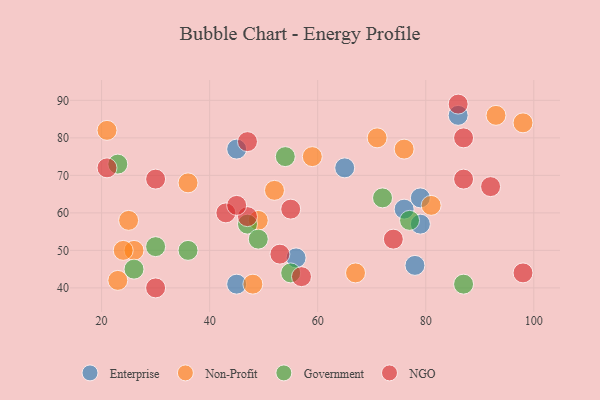
{"axis": {"x": "GDP", "y": "Life Expectancy"}, "legend": ["Enterprise", "Government", "NGO", "Non-Profit"], "data": [{"x": "45", "y": 41, "type": "Enterprise"}, {"x": "45", "y": 77, "type": "Enterprise"}, {"x": "76", "y": 61, "type": "Enterprise"}, {"x": "86", "y": 86, "type": "Enterprise"}, {"x": "78", "y": 46, "type": "Enterprise"}, {"x": "79", "y": 57, "type": "Enterprise"}, {"x": "65", "y": 72, "type": "Enterprise"}, {"x": "56", "y": 48, "type": "Enterprise"}, {"x": "79", "y": 64, "type": "Enterprise"}, {"x": "59", "y": 75, "type": "Non-Profit"}, {"x": "52", "y": 66, "type": "Non-Profit"}, {"x": "98", "y": 84, "type": "Non-Profit"}, {"x": "71", "y": 80, "type": "Non-Profit"}, {"x": "48", "y": 41, "type": "Non-Profit"}, {"x": "49", "y": 58, "type": "Non-Profit"}, {"x": "23", "y": 42, "type": "Non-Profit"}, {"x": "21", "y": 82, "type": "Non-Profit"}, {"x": "36", "y": 68, "type": "Non-Profit"}, {"x": "93", "y": 86, "type": "Non-Profit"}, {"x": "26", "y": 50, "type": "Non-Profit"}, {"x": "25", "y": 58, "type": "Non-Profit"}, {"x": "81", "y": 62, "type": "Non-Profit"}, {"x": "24", "y": 50, "type": "Non-Profit"}, {"x": "67", "y": 44, "type": "Non-Profit"}, {"x": "76", "y": 77, "type": "Non-Profit"}, {"x": "55", "y": 44, "type": "Government"}, {"x": "30", "y": 51, "type": "Government"}, {"x": "36", "y": 50, "type": "Government"}, {"x": "26", "y": 45, "type": "Government"}, {"x": "47", "y": 57, "type": "Government"}, {"x": "54", "y": 75, "type": "Government"}, {"x": "49", "y": 53, "type": "Government"}, {"x": "72", "y": 64, "type": "Government"}, {"x": "77", "y": 58, "type": "Government"}, {"x": "23", "y": 73, "type": "Government"}, {"x": "87", "y": 41, "type": "Government"}, {"x": "30", "y": 40, "type": "NGO"}, {"x": "87", "y": 69, "type": "NGO"}, {"x": "47", "y": 79, "type": "NGO"}, {"x": "92", "y": 67, "type": "NGO"}, {"x": "47", "y": 59, "type": "NGO"}, {"x": "53", "y": 49, "type": "NGO"}, {"x": "43", "y": 60, "type": "NGO"}, {"x": "86", "y": 89, "type": "NGO"}, {"x": "21", "y": 72, "type": "NGO"}, {"x": "74", "y": 53, "type": "NGO"}, {"x": "55", "y": 61, "type": "NGO"}, {"x": "87", "y": 80, "type": "NGO"}, {"x": "57", "y": 43, "type": "NGO"}, {"x": "45", "y": 62, "type": "NGO"}, {"x": "98", "y": 44, "type": "NGO"}, {"x": "30", "y": 69, "type": "NGO"}]}